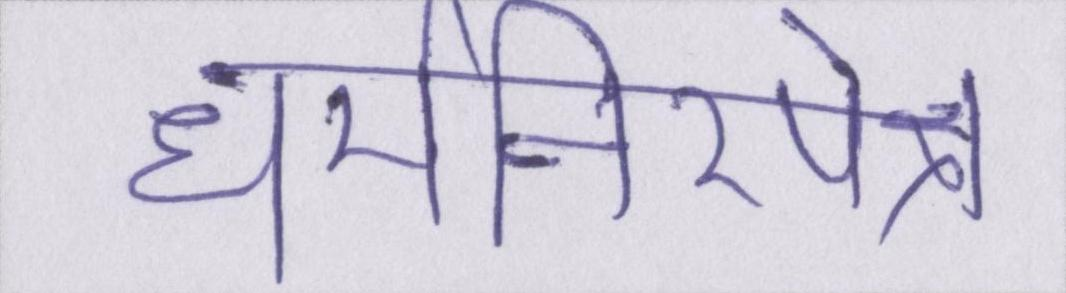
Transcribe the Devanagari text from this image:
धर्मनिरपेक्ष